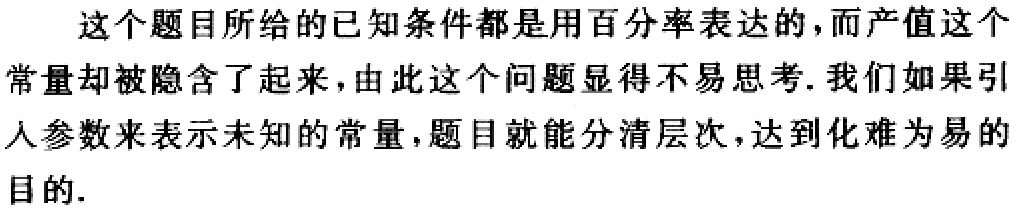
这个题目所给的已知条件都是用百分率表达的，而产值这个常量却被隐含了起来，由此这个问题显得不易思考. 我们如果引入参数来表示未知的常量，题目就能分清层次，达到化难为易的目的.